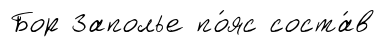
Бор Заполье по́яс соста́в